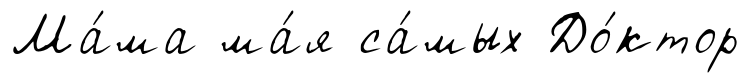
Ма́ма ма́я са́мых До́ктор